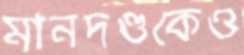
মানদণ্ডকেও